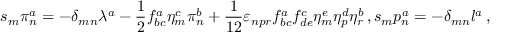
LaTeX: s _ { m } \pi _ { n } ^ { a } = - \delta _ { m n } \lambda ^ { a } - \frac { 1 } { 2 } f _ { b c } ^ { a } \eta _ { m } ^ { c } \pi _ { n } ^ { b } + \frac { 1 } { 1 2 } \varepsilon _ { n p r } f _ { b c } ^ { a } f _ { d e } ^ { c } \eta _ { m } ^ { e } \eta _ { p } ^ { d } \eta _ { r } ^ { b } \, , s _ { m } p _ { n } ^ { a } = - \delta _ { m n } l ^ { a } \, ,